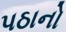
પઠાનો